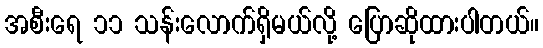
အစီးရေ ၁၁ သန်းလောက်ရှိမယ်လို့ ပြောဆိုထားပါတယ်။